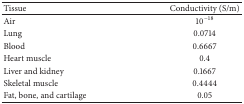
<table><thead><tr><td><b> Tissue </b></td><td><b>Conductivity (S/m) </b></td></tr></thead><tbody><tr><td> Air </td><td>10<sup>−18</sup></td></tr><tr><td>Lung </td><td> 0.0714 </td></tr><tr><td>Blood </td><td> 0.6667 </td></tr><tr><td>Heart muscle </td><td> 0.4 </td></tr><tr><td>Liver and kidney </td><td> 0.1667 </td></tr><tr><td>Skeletal muscle </td><td> 0.4444</td></tr><tr><td>Fat, bone, and cartilage </td><td> 0.05 </td></tr></tbody></table>